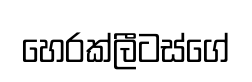
හෙරක්ලීටස්ගේ